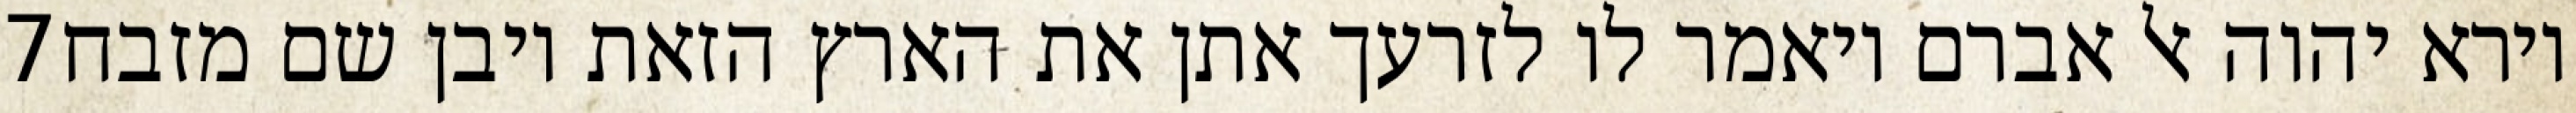
‎7‏ וירא יהוה אל אברם ויאמר לו לזרעך אתן את הארץ הזאת ויבן שם מזבח